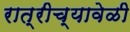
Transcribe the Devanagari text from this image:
रात्रीच्यावेळी